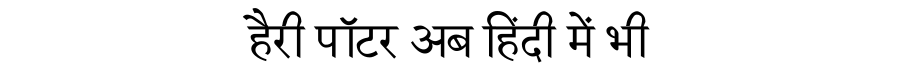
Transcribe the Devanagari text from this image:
हैरी पॉटर अब हिंदी में भी